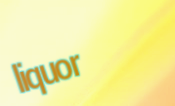
liquor